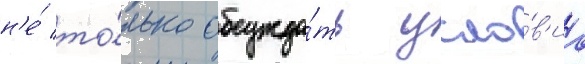
н'е́ то́лько обсужда́ть усло́в'иа